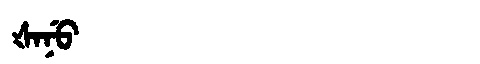
Manchu: ᡧᠠᠨᡠ
Romanization: ŠANU